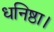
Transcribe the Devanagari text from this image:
धनिष्ठा।